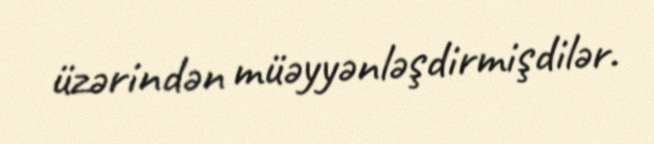
üzərindən müəyyənləşdirmişdilər.